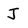
Character: J